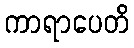
ကာရာပေတိ